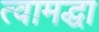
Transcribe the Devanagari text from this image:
त्वामद्धा